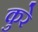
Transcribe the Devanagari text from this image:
कुरे